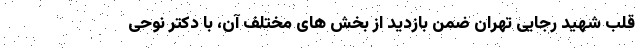
قلب شهید رجایی تهران ضمن بازدید از بخش های مختلف آن، با دکتر نوحی